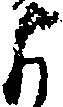
よ